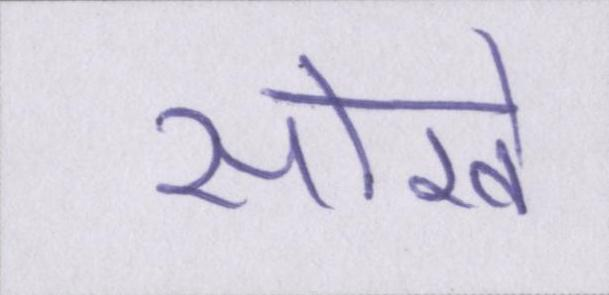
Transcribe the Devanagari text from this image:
सोखे